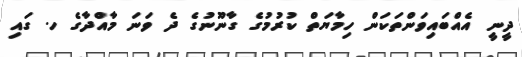
ދީނީ އެއްބައިވަންތަކަން ހިމާޔަތް ކުރުމުގެ ގާނޫނުގެ ދެ ވަނަ މާއްދާގެ ހ. ގައި